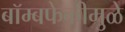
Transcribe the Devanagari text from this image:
बॉम्बफेकीमुळे